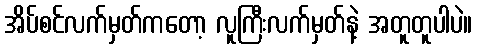
အိပ်စင်လက်မှတ်ကတော့ လူကြီးလက်မှတ်နဲ့ အတူတူပါပဲ။